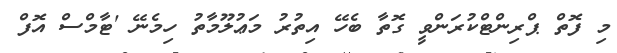
މި ފޮތް ޕްރިންޓްކުރަންވީ ގޮތާ ބެހޭ އިތުރު މަޢުލޫމާތު ހިމެނޭ 'ޓާމްސް އޮފް